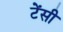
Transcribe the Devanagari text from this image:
टेंसी